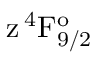
\mathrm { z \, ^ { 4 } F _ { 9 / 2 } ^ { o } }